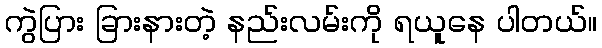
ကွဲပြား ခြားနားတဲ့ နည်းလမ်းကို ရယူနေ ပါတယ်။